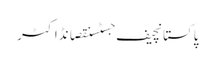
پاکستانچیف جسٹسنقصانڈاکٹر